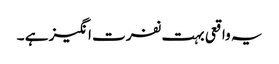
یہ واقعی بہت نفرت انگیز ہے ۔